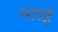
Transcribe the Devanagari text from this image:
स्टाई